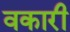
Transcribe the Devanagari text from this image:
वकारी